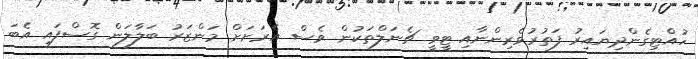
ހުއްޓިގެންދިޔައިރު ފަތުރުވެރިންނާއި ޓީވީ ޗެނަލްތަކުން ވެސް އެރަށަށް މަންޒަރު ބަލާލަން ގޮސްފައި އެބަ